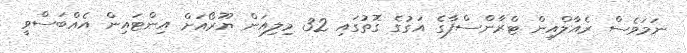
ނަމަވެސް ރެއާލްއިން ޓްރާންސްފާގެ އަގުގެ ގޮތުގައި 32 މިލިއަން ޔޫރޯއަށް އިންޓައިން އެއްބަސްވީ